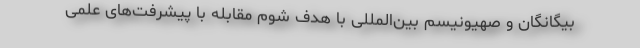
بیگانگان و صهیونیسم بین‌المللی با هدف شوم مقابله با پیشرفت‌های علمی